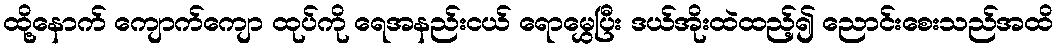
ထို့နောက် ကျောက်ကျော ထုပ်ကို ရေအနည်းငယ် ရောမွှေပြီး ဒယ်အိုးထဲထည့်၍ ညောင်းစေးသည်အထိ